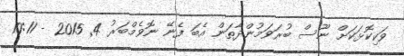
ވަކިކޮޅަކަށް ނޫސް ބުރަވަމުންދާތަން އެބަ ފެނޭ ނޮވެމްބަރު 4